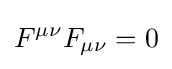
F^{\mu \nu }F_{\mu \nu }=0